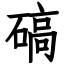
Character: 碻